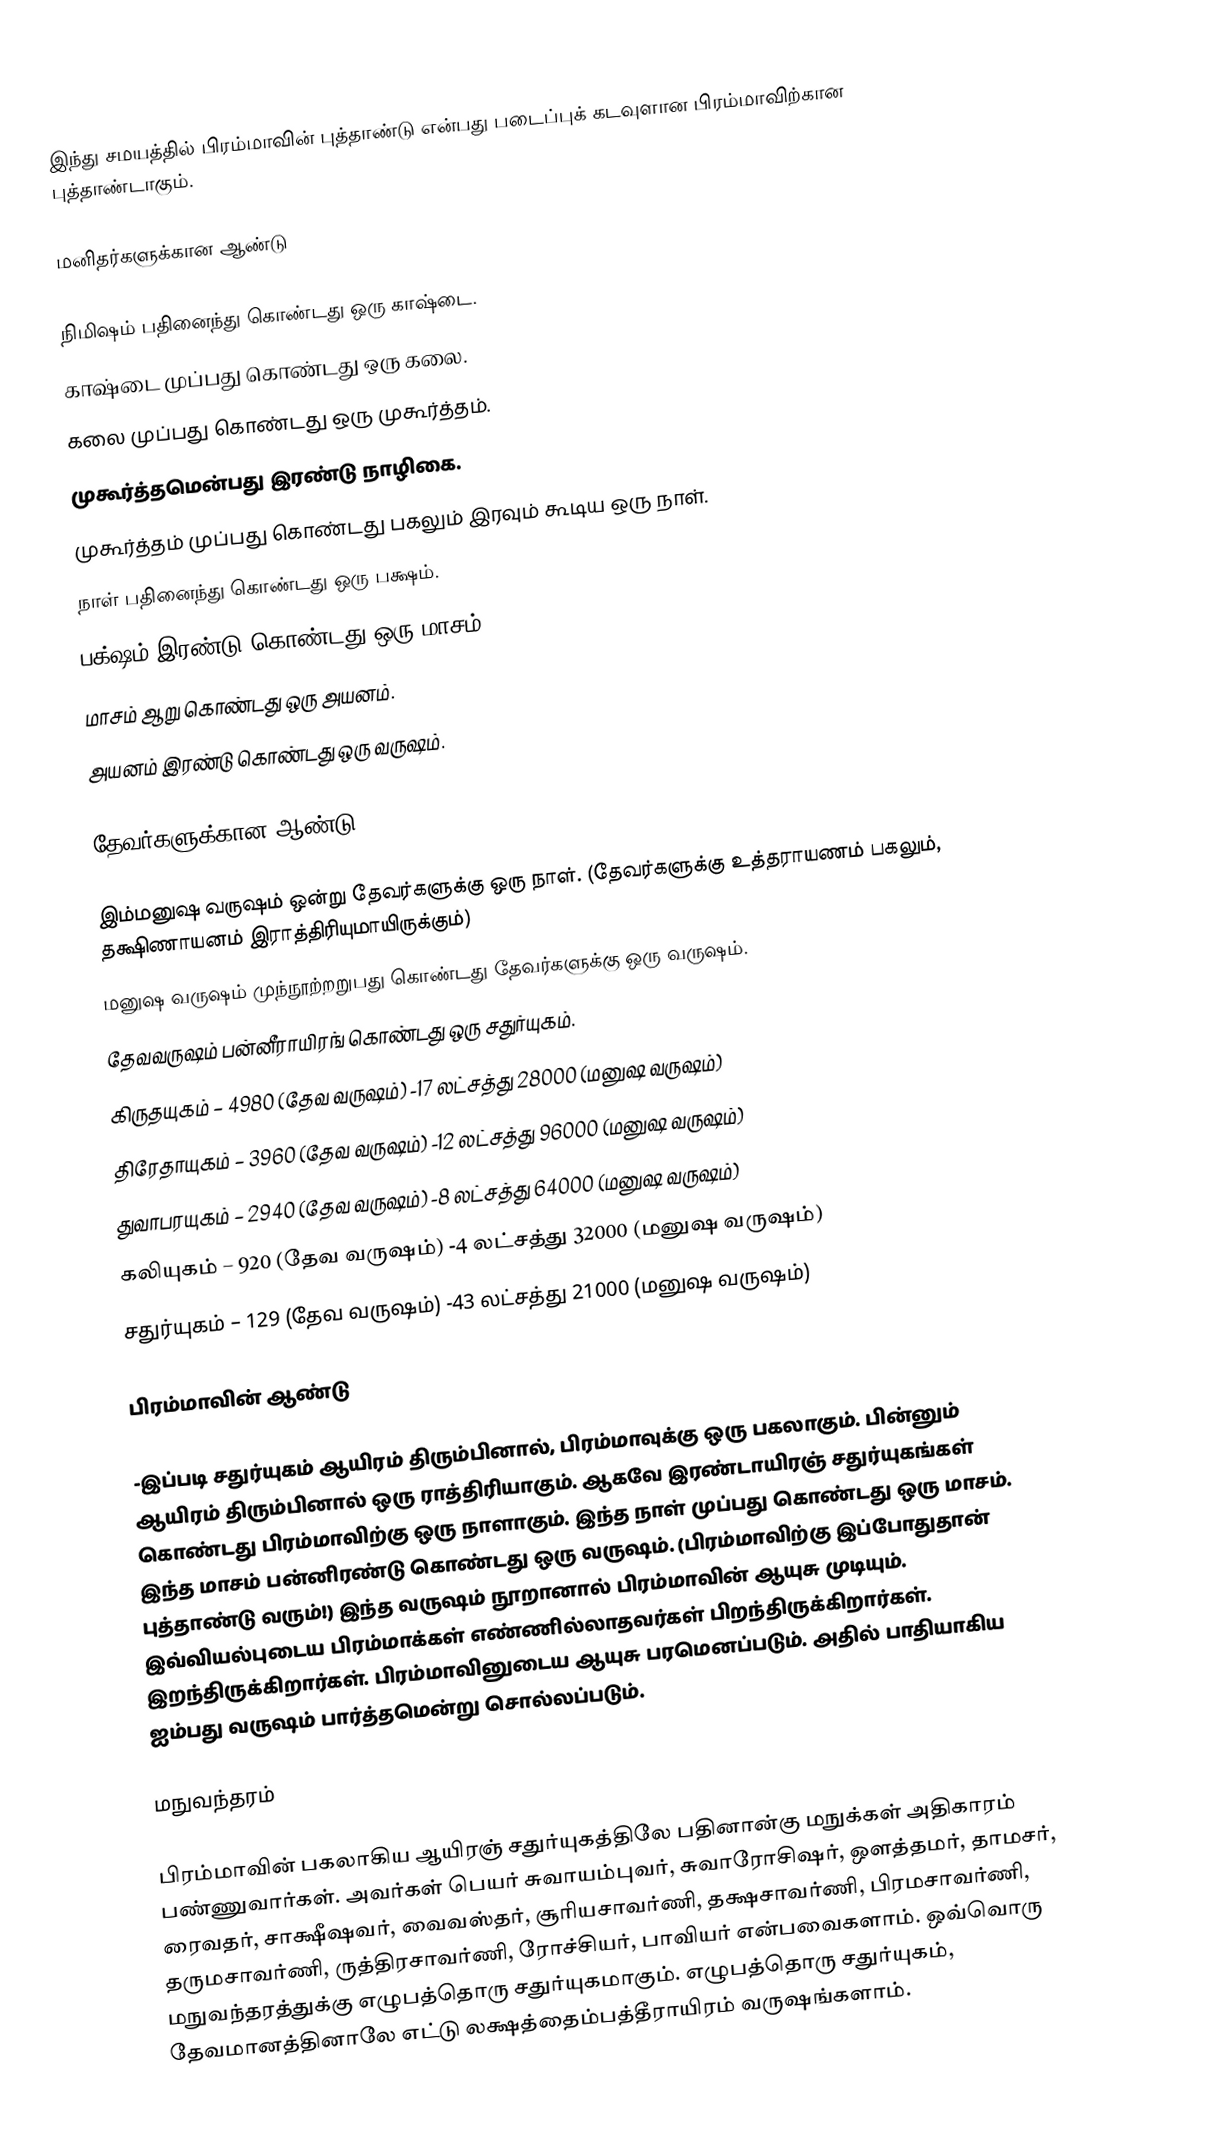
இந்து சமயத்தில் பிரம்மாவின் புத்தாண்டு என்பது படைப்புக் கடவுளான பிரம்மாவிற்கான புத்தாண்டாகும்.

மனிதர்களுக்கான ஆண்டு

 நிமிஷம் பதினைந்து கொண்டது ஒரு காஷ்டை.
 காஷ்டை முப்பது கொண்டது ஒரு கலை.
 கலை முப்பது கொண்டது ஒரு முகூர்த்தம்.
 முகூர்த்தமென்பது இரண்டு நாழிகை.
 முகூர்த்தம் முப்பது கொண்டது பகலும் இரவும் கூடிய ஒரு நாள்.
 நாள் பதினைந்து கொண்டது ஒரு பக்ஷம்.
 பக்ஷம் இரண்டு கொண்டது ஒரு மாசம்.
 மாசம் ஆறு கொண்டது ஒரு அயனம்.
 அயனம் இரண்டு கொண்டது ஒரு வருஷம்.

தேவர்களுக்கான ஆண்டு

 இம்மனுஷ வருஷம் ஒன்று தேவர்களுக்கு ஒரு நாள். (தேவர்களுக்கு உத்தராயணம் பகலும், தக்ஷிணாயனம் இராத்திரியுமாயிருக்கும்)
 மனுஷ வருஷம் முந்நூற்றறுபது கொண்டது தேவர்களுக்கு ஒரு வருஷம்.
 தேவவருஷம் பன்னீராயிரங் கொண்டது ஒரு சதுர்யுகம்.
 கிருதயுகம் – 4980 (தேவ வருஷம்) -17 லட்சத்து 28000 (மனுஷ வருஷம்)
 திரேதாயுகம் – 3960 (தேவ வருஷம்) -12 லட்சத்து 96000 (மனுஷ வருஷம்)
 துவாபரயுகம் – 2940 (தேவ வருஷம்) -8 லட்சத்து 64000 (மனுஷ வருஷம்)
 கலியுகம் – 920 (தேவ வருஷம்) -4 லட்சத்து 32000 (மனுஷ வருஷம்)
 சதுர்யுகம் – 129 (தேவ வருஷம்) -43 லட்சத்து 21000 (மனுஷ வருஷம்)

பிரம்மாவின் ஆண்டு

-இப்படி சதுர்யுகம் ஆயிரம் திரும்பினால், பிரம்மாவுக்கு ஒரு பகலாகும். பின்னும் ஆயிரம் திரும்பினால் ஒரு ராத்திரியாகும். ஆகவே இரண்டாயிரஞ் சதுர்யுகங்கள் கொண்டது பிரம்மாவிற்கு ஒரு நாளாகும். இந்த நாள் முப்பது கொண்டது ஒரு மாசம். இந்த மாசம் பன்னிரண்டு கொண்டது ஒரு வருஷம். (பிரம்மாவிற்கு இப்போதுதான் புத்தாண்டு வரும்!) இந்த வருஷம் நூறானால் பிரம்மாவின் ஆயுசு முடியும். இவ்வியல்புடைய பிரம்மாக்கள் எண்ணில்லாதவர்கள் பிறந்திருக்கிறார்கள். இறந்திருக்கிறார்கள். பிரம்மாவினுடைய ஆயுசு பரமெனப்படும். அதில் பாதியாகிய ஐம்பது வருஷம் பார்த்தமென்று சொல்லப்படும்.

மநுவந்தரம்

பிரம்மாவின் பகலாகிய ஆயிரஞ் சதுர்யுகத்திலே பதினான்கு மநுக்கள் அதிகாரம் பண்ணுவார்கள். அவர்கள் பெயர் சுவாயம்புவர், சுவாரோசிஷர், ஒளத்தமர், தாமசர், ரைவதர், சாக்ஷீஷவர், வைவஸ்தர், சூரியசாவர்ணி, தக்ஷசாவர்ணி, பிரமசாவர்ணி, தருமசாவர்ணி, ருத்திரசாவர்ணி, ரோச்சியர், பாவியர் என்பவைகளாம். ஒவ்வொரு மநுவந்தரத்துக்கு எழுபத்தொரு சதுர்யுகமாகும். எழுபத்தொரு சதுர்யுகம், தேவமானத்தினாலே எட்டு லக்ஷத்தைம்பத்தீராயிரம் வருஷங்களாம்.